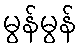
မွန်မွန်